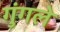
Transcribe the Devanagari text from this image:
गुंगले